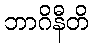
ဘာဂိနီတိ